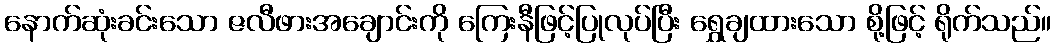
နောက်ဆုံးခင်းသော ဇလီဖားအချောင်းကို ကြေးနီဖြင့်ပြုလုပ်ပြီး ရွှေချထားသော စို့ဖြင့် ရိုက်သည်။